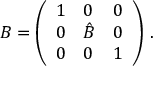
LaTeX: B = \left( \begin{array} { l l l } { { 1 } } & { { 0 } } & { { 0 } } \\ { { 0 } } & { { \hat { B } } } & { { 0 } } \\ { { 0 } } & { { 0 } } & { { 1 } } \end{array} \right) \, .